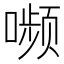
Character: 𫫾